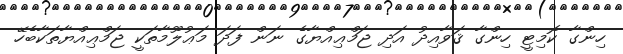
ހިންގާ ކޮމިޓީ ހިންގާ ޤަވާއިދު އަދި ޖަމްޢިއްޔާގެ ނަން ފަދަ މަޢުލޫމާތަކީ ޖަމްޢިއްޔާތަކާބެހޭ